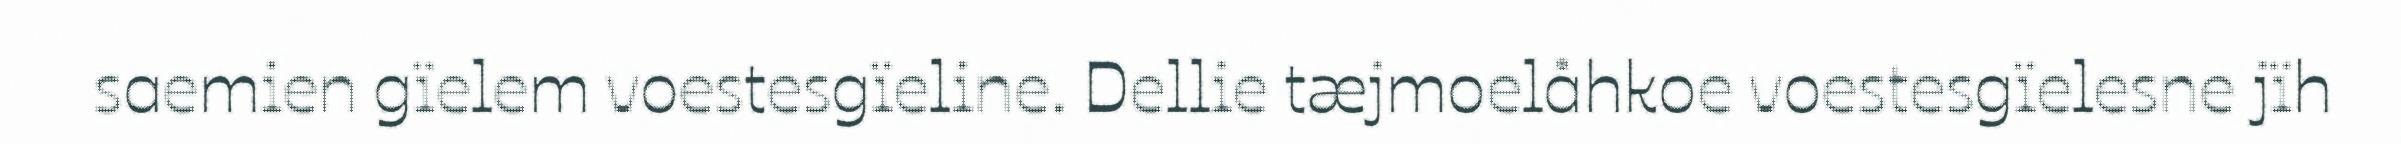
saemien gïelem voestesgïeline. Dellie tæjmoelåhkoe voestesgïelesne jïh